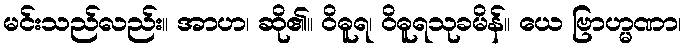
မင်းသည်လည်း။ အာဟ၊ ဆို၏။ ဝိဓူရ၊ ဝိဓူရသုခမိန်။ ယေ ဗြာဟ္မဏာ၊